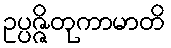
ဥပ္ပဇ္ဇိတုကာမာတိ